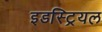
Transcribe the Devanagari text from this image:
इडस्ट्रियल